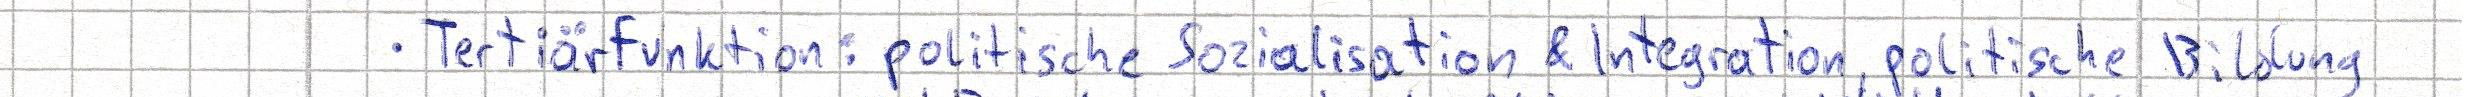
- Tertiärfunktion: politische Sozialisation & Integration, politische Bildung